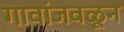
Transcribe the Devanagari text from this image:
गावांजवळून